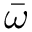
\bar { \omega }